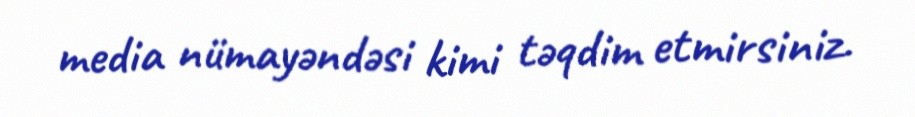
media nümayəndəsi kimi təqdim etmirsiniz.